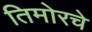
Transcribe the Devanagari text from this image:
तिमोरचे